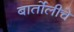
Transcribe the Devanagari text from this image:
बार्तोलीचे